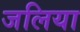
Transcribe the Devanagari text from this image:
जलिया